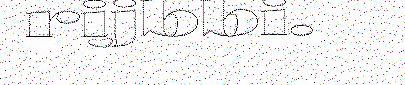
rijbbi.